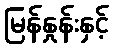
မြန်နှုန်းနှင့်